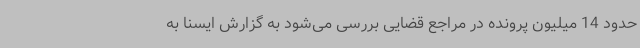
حدود 14 میلیون پرونده در مراجع قضایی بررسی می‌شود به گزارش ایسنا به